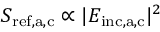
S _ { \mathrm { r e f , a , c } } \propto | E _ { \mathrm { i n c , a , c } } | ^ { 2 }